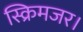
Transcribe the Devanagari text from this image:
स्क्रिमजर।